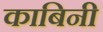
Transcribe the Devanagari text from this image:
काबिनी